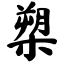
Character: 槊